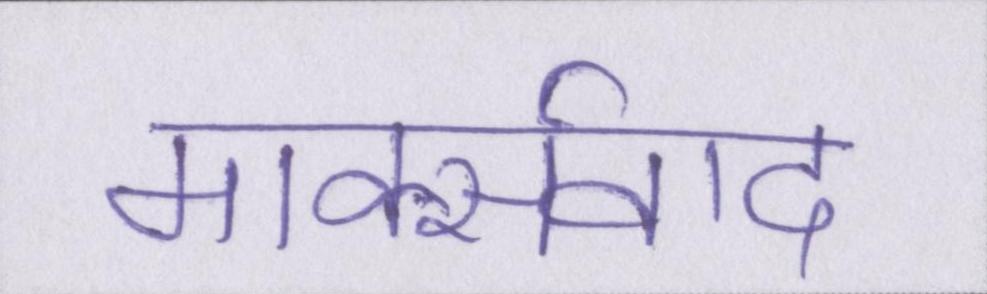
मार्क्सवाद